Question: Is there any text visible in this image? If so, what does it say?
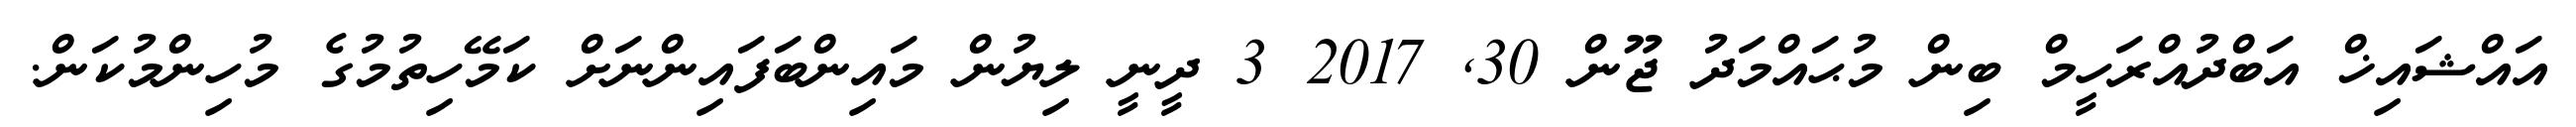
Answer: އައްޝައިޚް އަބްދުއްރަހީމް ބިން މުޙައްމަދު ޖޫން 30, 2017 3 ދީނީ ލިޔުން މައިންބަފައިންނަށް ކަމޭހިތުމުގެ މުހިންމުކަން.